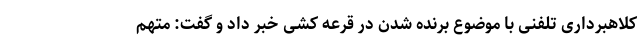
کلاهبرداری تلفنی با موضوع برنده شدن در قرعه کشی خبر داد و گفت: متهم